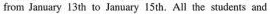
from January 13th to January l5th.All the students and